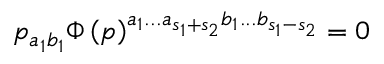
p _ { a _ { 1 } b _ { 1 } } \Phi \left( p \right) ^ { a _ { 1 } . . . a _ { s _ { 1 } + s _ { 2 } } b _ { 1 } . . . b _ { s _ { 1 } - s _ { 2 } } } = 0